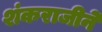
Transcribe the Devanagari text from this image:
शंकराजीने